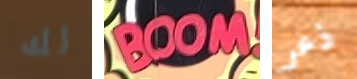
لك BOOM ذعر